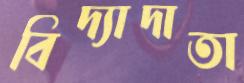
বিদ্যাদাতা